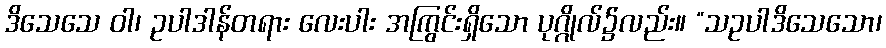
ဒိသေသေ ဝါ၊ ဥပါဒါန်တရား လေးပါး အကြွင်းရှိသော ပုဂ္ဂိုလ်၌လည်း။ “သဥပါဒိသေသော၊